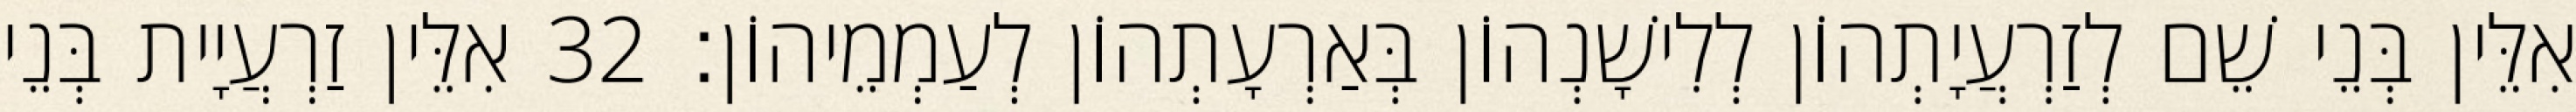
אִלֵּין בְּנֵי שֵׁם לְזַרְעֲיָתְהוֹן לְלִישָׁנְהוֹן בְּאַרְעָתְהוֹן לְעַמְמֵיהוֹן׃ 32 אִלֵּין זַרְעֲיָית בְּנֵי